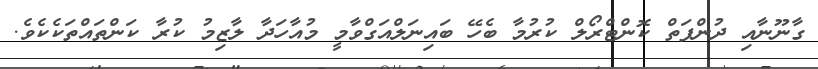
ގާނޫނާއި ދުންފަތް ކޮންޓްރޯލް ކުރުމާ ބެހޭ ބައިނަލްއަގްވާމީ މުއާހަދާ ލާޒިމު ކުރާ ކަންތައްތަކެކެވެ.